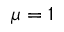
\mu = 1